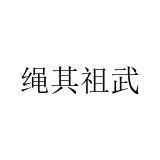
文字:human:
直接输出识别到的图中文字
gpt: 绳其祖武